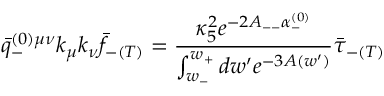
\bar { q } _ { - } ^ { ( 0 ) \mu \nu } k _ { \mu } k _ { \nu } \bar { f } _ { - ( T ) } = \frac { \kappa _ { 5 } ^ { 2 } e ^ { - 2 A _ { -- } \alpha _ { - } ^ { ( 0 ) } } } { \int _ { w _ { - } } ^ { w _ { + } } d w ^ { \prime } e ^ { - 3 A ( w ^ { \prime } ) } } \bar { \tau } _ { - ( T ) }